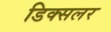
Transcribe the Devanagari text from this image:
डिक्सलर